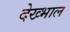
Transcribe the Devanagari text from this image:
देख्भाल